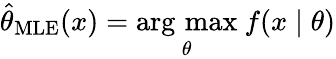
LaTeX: {\hat{\theta}}_{\mathrm{MLE}}(x)={\underset{\theta}{\operatorname{arg\, max}}}\ f(x\mid\theta)